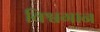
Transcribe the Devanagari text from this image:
विश्वगान